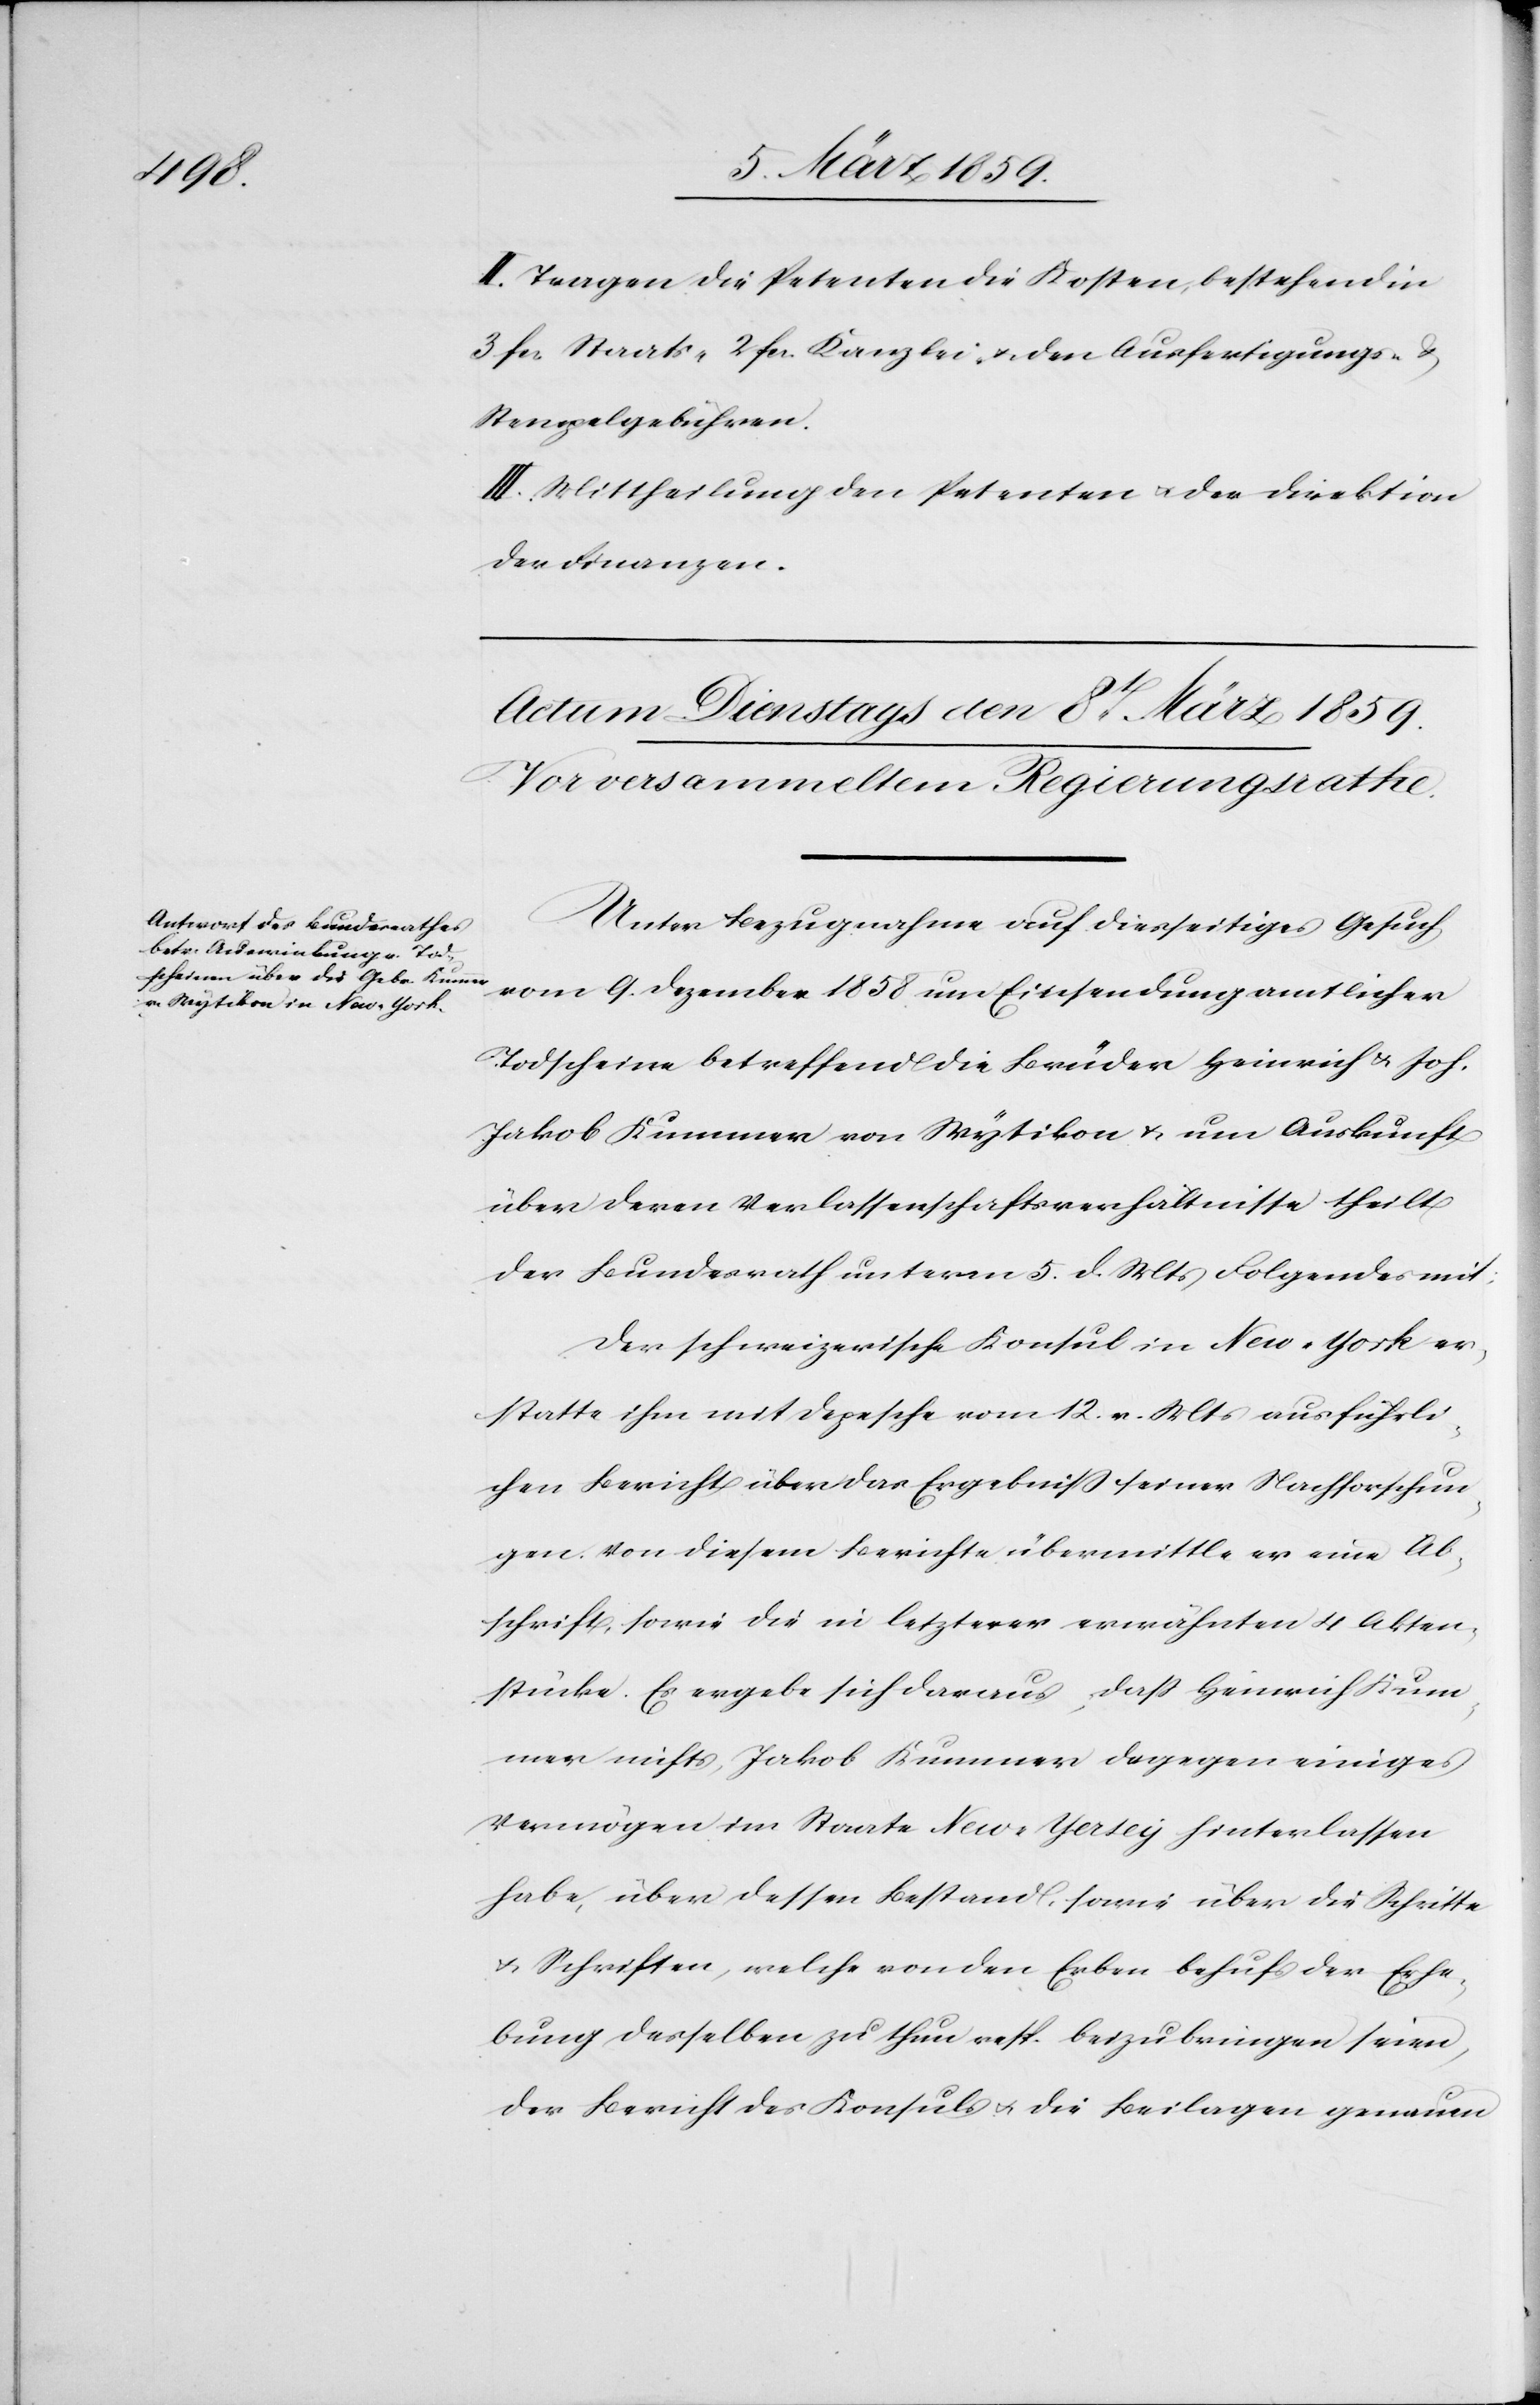
II. Tragen die Petenten die Kosten, bestehend in
3. fcs. Staats-[,] 2 fcs. Kanzlei- u. den Ausfertigungs- &
Stempelgebühren.
III. Mittheilung den Petenten u. der Direktion
der Finanzen.
Unter Bezugnahme auf diesseitiges Gesuch
vom 9. Dezember um Einsendung amtlicher
Todscheine betreffend die Brüder Heinrich & Joh.
Jakob Kummer von Wytikon u. um Auskunft
über deren Verlassenschaftsverhältnisse theilt
der Bundesrath unterm 5. d. Mts Folgendes mit:
Der schweizerische Konsul in New-York er¬
statte ihm mit Depesche vom 12. v. Mts ausführli¬
chen Bericht über das Ergebniß seiner Nachforschun¬
gen. Von diesem Berichte übermittelt er eine Ab¬
schrift, sowie die in letzterer erwähnten 4 Akten¬
stücke. Es ergebe sich daraus, daß Heinrich Kum¬
mer nichts, Jakob Kummer dagegen einiges
Vermögen im Staate New-Yersey hinterlassen
habe, über dessen Bestand, sowie über die Schritte
u. Schriften, welche von den Erben behufs der Erhe¬
bung desselben zu thun resp. beizubringen seien,
der Bericht des Konsuls u. die Beilagen genauen